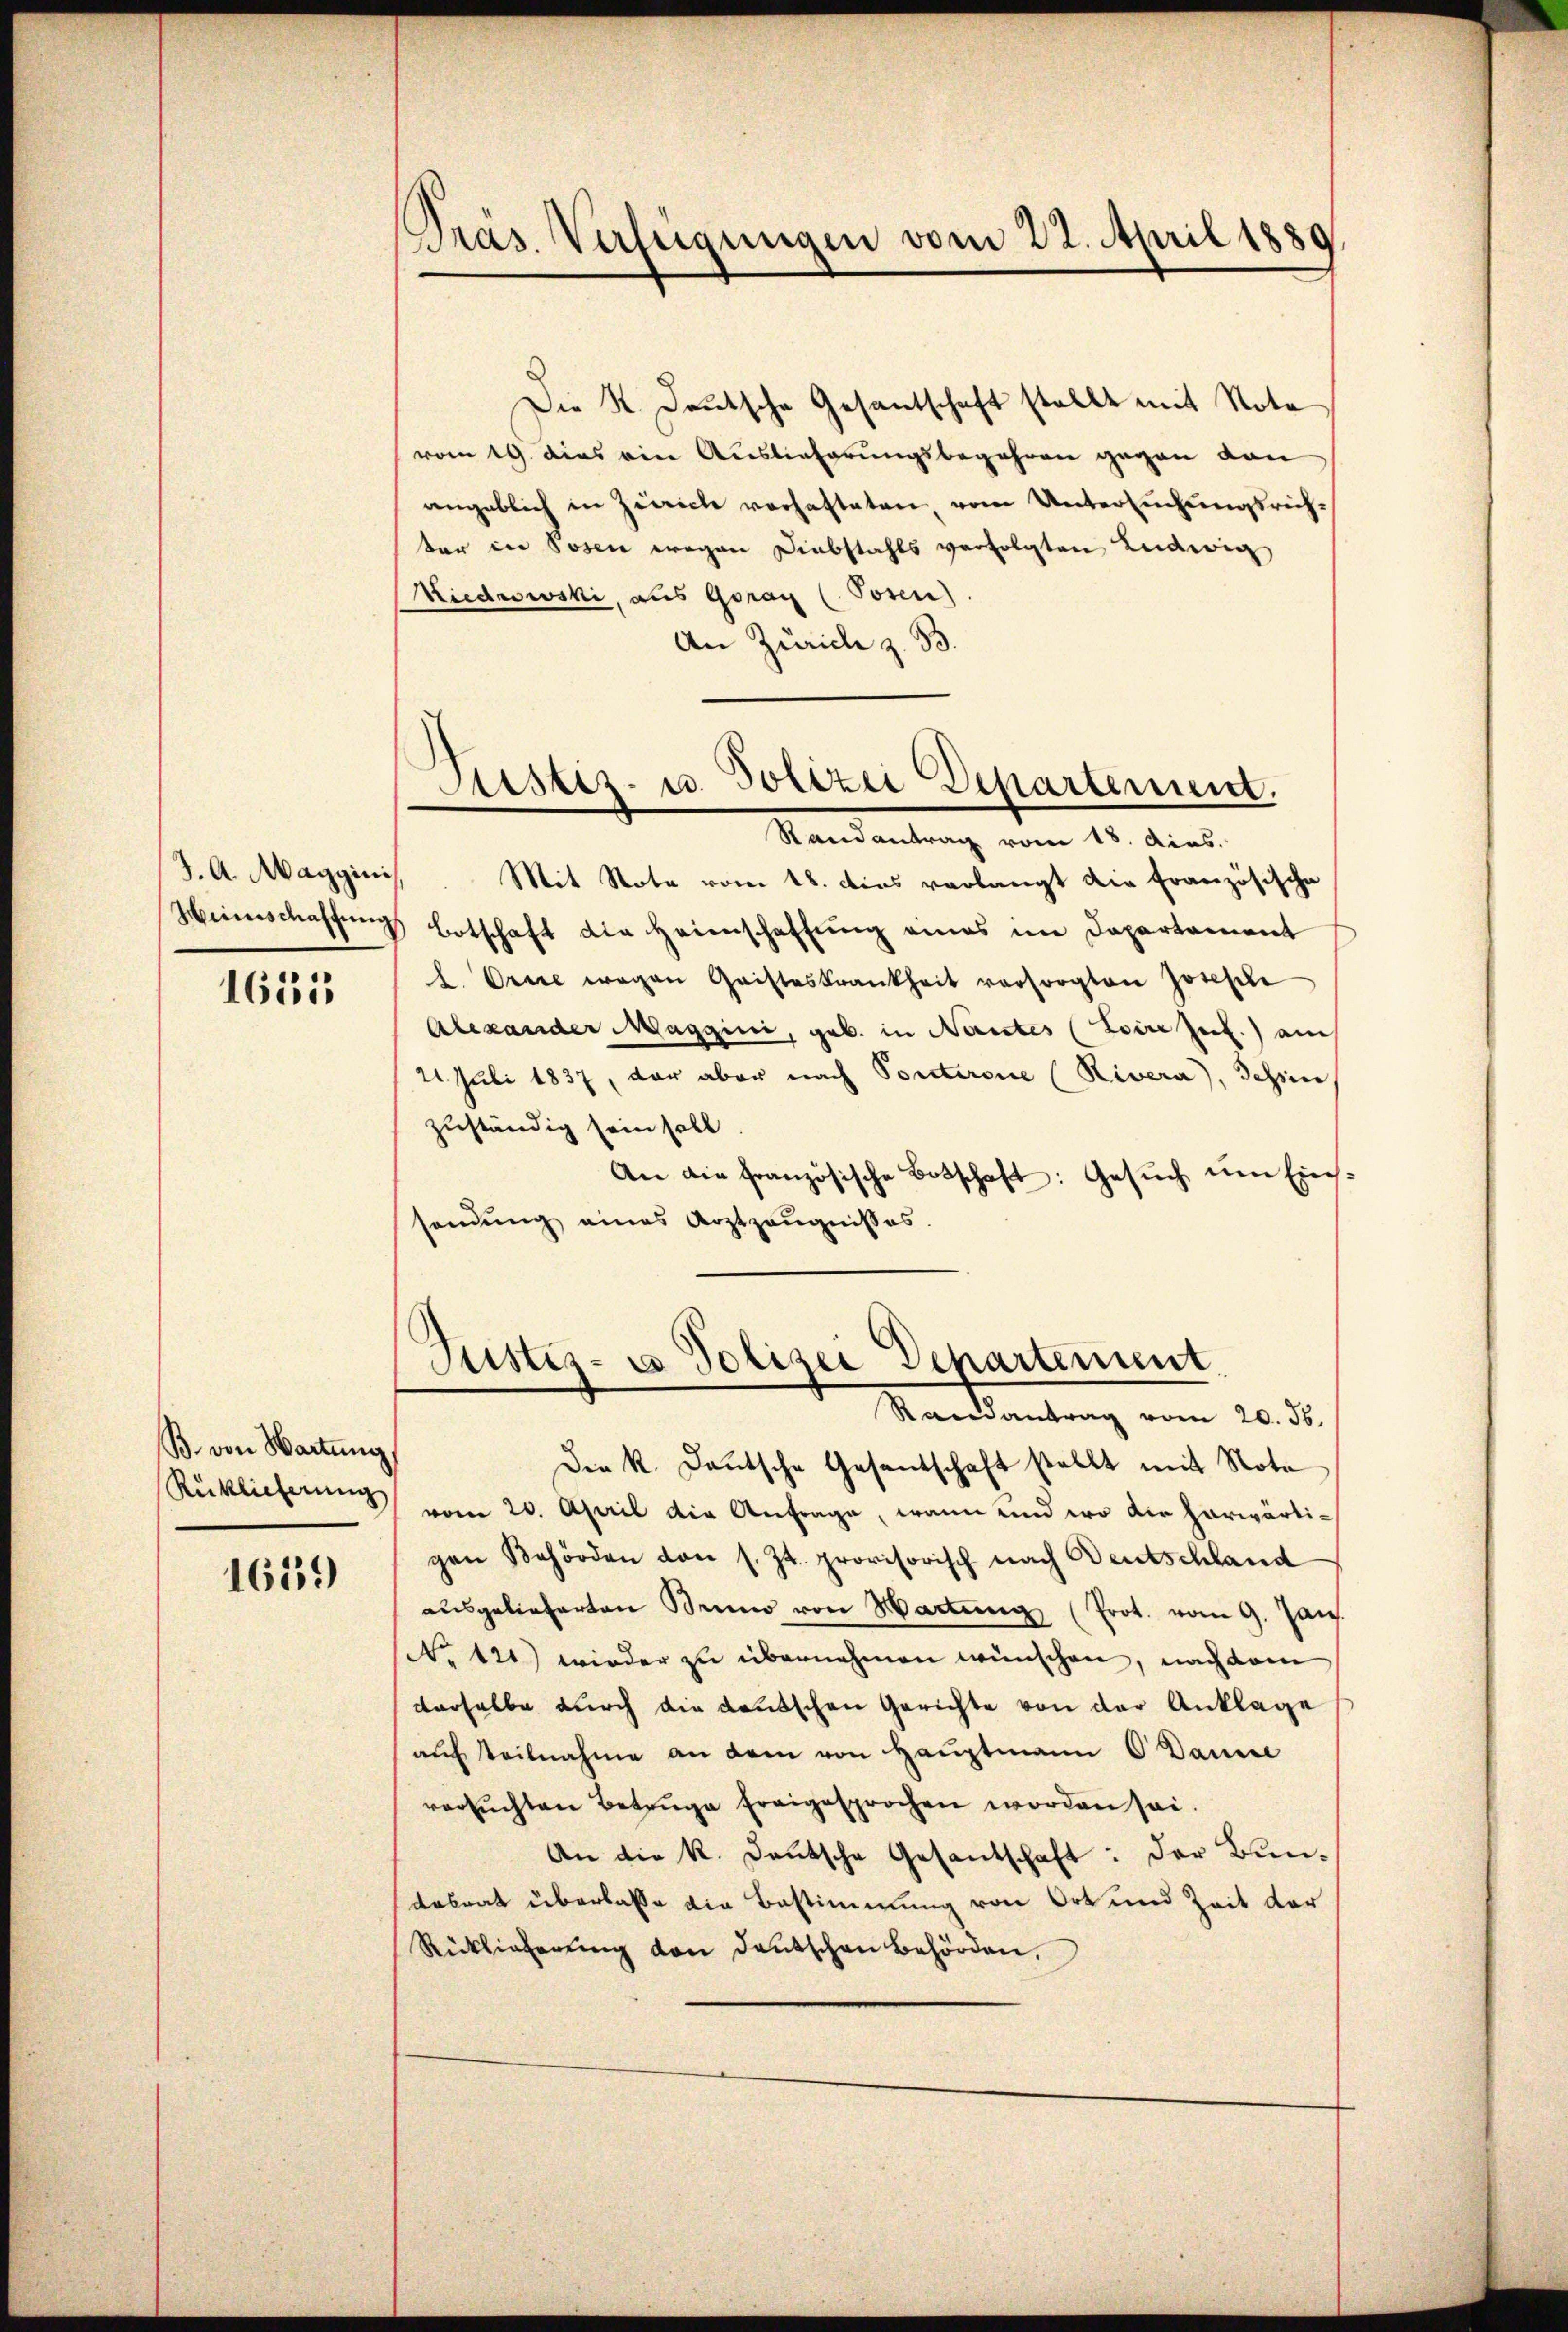
J. A. Maggini
Minschaftung

1655

B. von Hartung,

1639

Pras Verfügungen vom 22. April 1889

Die K. Deutsche Gesantschaft stellt mit Nota
vom 19. dies ein Auslieferungsbegehren gegen dan
angeblich in Zürich verhafteten, vom Untersuchungsrichter in Sosen wegen Diebstahls verfolgten Ludwig
Miedrowski, aus Goray (Posen)
An Zürich z. B.

Astiz- u. Polizei Departement.
Randantrag vom 18. Ains.

Mit Note vom 18. dies verlangt die Französische
Botschaft die Heimschaffung eines im Departement
l. Orie wegen Gristeskrankheit vorsorgten Josephi
Alexander Maggini, geb. in Nantes (Loire seel. am
21. Juli 1837, der aber nach Ponterone (Rivera), Schine
zuständig sein soll.
An die französische Botschaft: Gesuch um Einssendung eines Arztzeŭgnisses.

Justiz- & Polizei Departement.
Randantrag vom 20. ds.

Die k. Deutsche Gesandschaft stellt mit Nota
Rücklicherung vom 20. April die Anfrage, wann und wo die herwärtigen Behörden von s. Zt. provisorisch nach Bentschland
ausgelieferten Seine von Wartung (Prot. vom 9. Jan.
No 121) wieder zu übernehmen wünschen, nach dem
derselbe durch die deutschen Gerichte von der Anklage
auf Teilnahme an dem von Hauptmann O Danie
versuchten Betruge freigesprochen worden sei.
An die k. Deutsche Gesantschaft: Der Bundabrat überlasse die Bestimmung von Ort und Zeit der
Rücklieferŭng von deutschen Behörden,